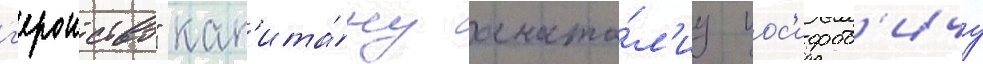
г'ероиство" кап'ита́ну анато́л'иу иос'ифов'ичу